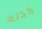
كذلك